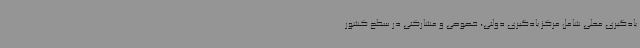
یادگیری محلی شامل مرکز یادگیری دولتی، خصوصی و مشارکتی در سطح کشور